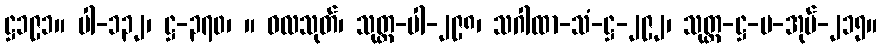
ဋ္ဌ၁၉၁။ ပါ-၁၃၂၊ ဋ္ဌ-၃၇၀၊ ။ ဝလသုတ်၊ သုတ္တ-ပါ-၂၉၈၊ သဂါထာ-သံ-ဋ္ဌ-၂၉၂၊ သုတ္တ-ဋ္ဌ-ပ-အုပ်-၂၁၅။